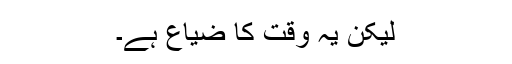
لیکن یہ وقت کا ضیاع ہے۔